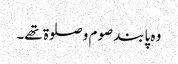
وہ پابند صوم و صلوۃ تھے۔